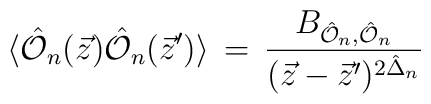
\langle \hat {{\cal O}}_n(\vec{z}) \hat {{\cal O}}_n(\vec{z}')\rangle \, = \, \frac{B_{{\hat {{\cal O}}_n}, \hat {{\cal O}}_n}}{ (\vec{z}-\vec{z}')^{2\hat \Delta_n}}\,